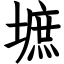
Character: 墌